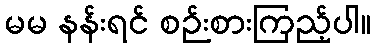
မမ နန်းရင် စဉ်းစားကြည့်ပါ။